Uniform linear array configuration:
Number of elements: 12
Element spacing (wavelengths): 0.25
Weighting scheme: hann
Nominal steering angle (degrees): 15
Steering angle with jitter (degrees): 15.124
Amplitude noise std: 0.05
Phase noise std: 0.05

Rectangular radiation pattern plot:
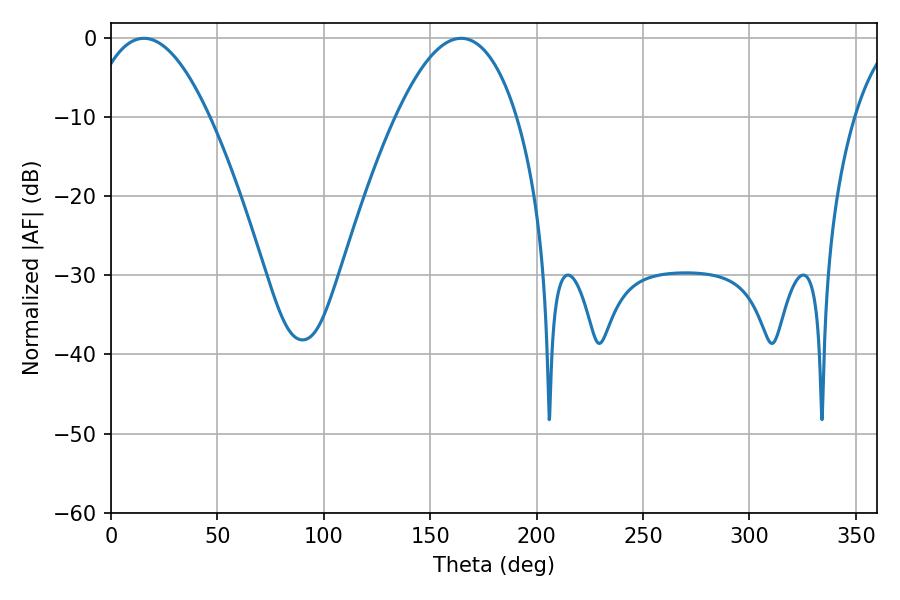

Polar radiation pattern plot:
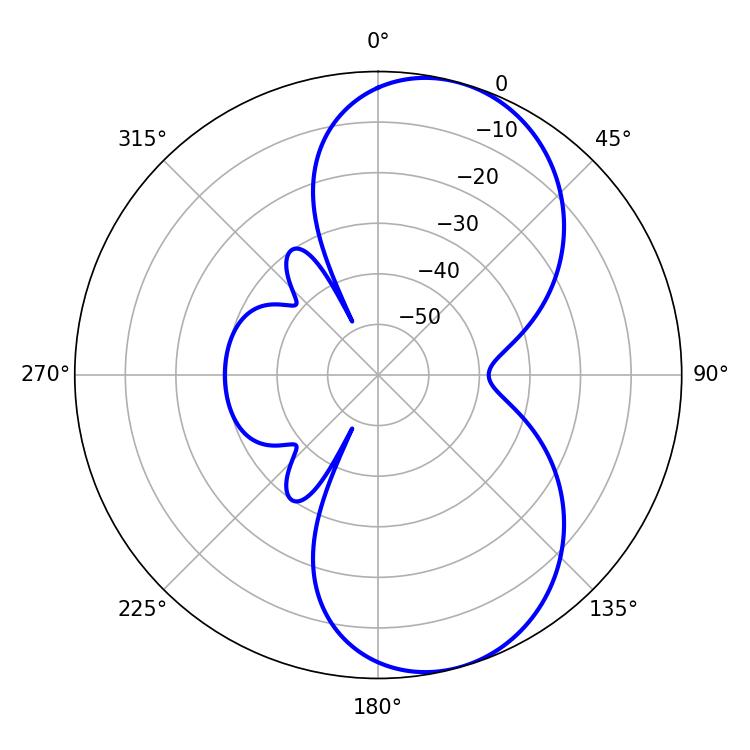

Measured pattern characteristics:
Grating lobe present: FALSE
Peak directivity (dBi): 7.783
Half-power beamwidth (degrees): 31.32
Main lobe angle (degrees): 15.48